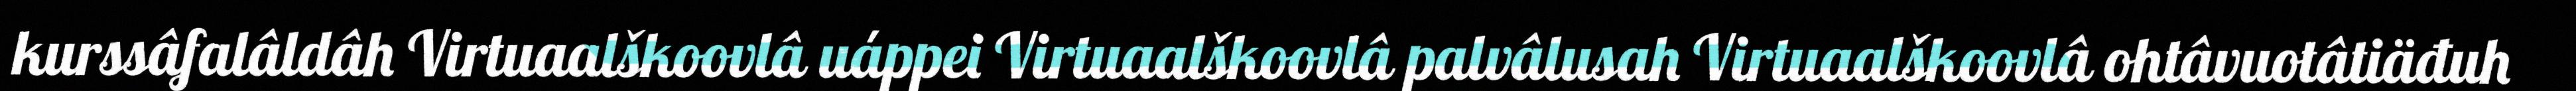
kurssâfalâldâh Virtuaalškoovlâ uáppei Virtuaalškoovlâ palvâlusah Virtuaalškoovlâ ohtâvuotâtiäđuh